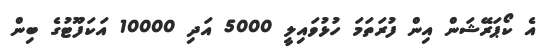
އެ ކޯޕަރޭޝަން އިން ފުރަތަމަ ހުޅުވައިލީ 5000 އަދި 10000 އަކަފޫޓުގެ ބިން